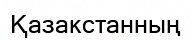
Қазакстанның